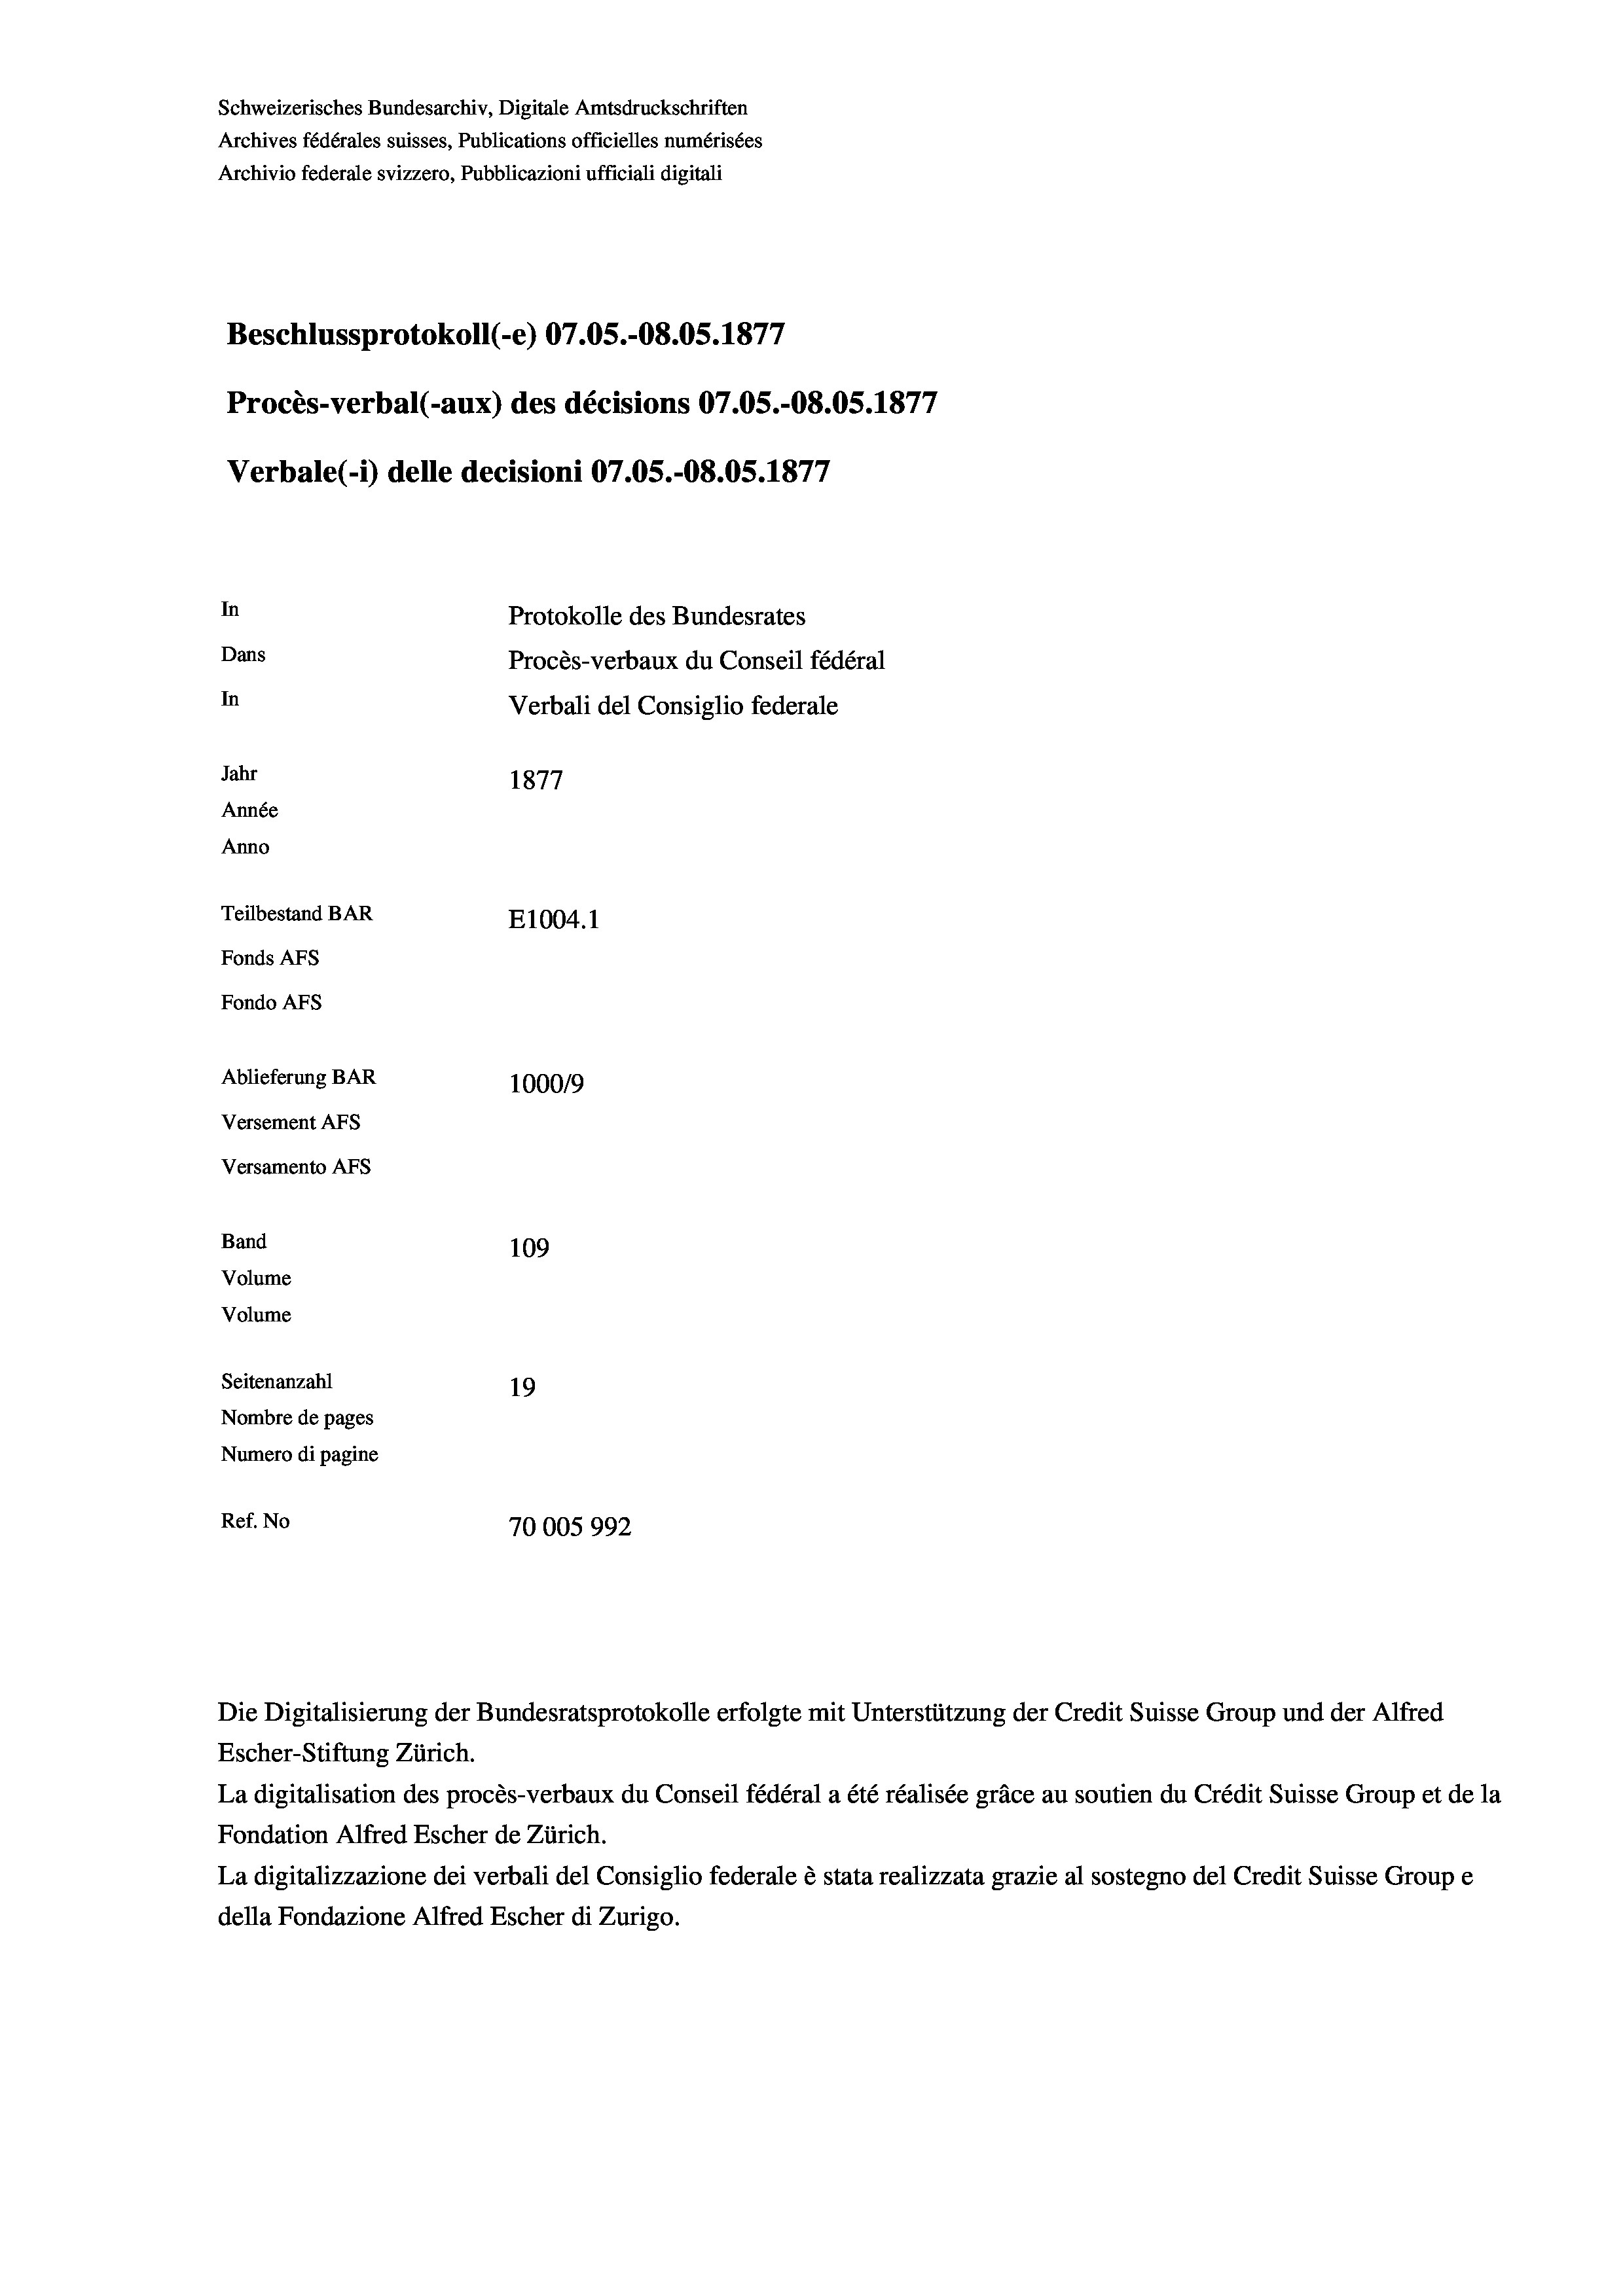
Schweizerisches Bundesarchiv, Digitale Amtsdruckschriften
Archives fédérales suisses, Publications officielles numérisées
Archivio federale svizzero, Pubblicazioni ufficiali digitali
Beschlussprotokoll (-e) 07.05.-O8.05. 1877
Procès-verbal (-aux) des décisions 07.0S.-O8.05. 1877
Verbale (- 1) delle decisioni 07.05.-O8.05. 1877
In
Protokolle des Bundesrates
Dans
Procès-verbaux du Conseil fédéral
In
Verbali del Consiglio federale
Jahr
1877
Année
Anno
Teilbestand BAR
E1004.1
Fonds Afs
Fondo Afs
Ablieferung BAR
100019
Versement AFs
Versamento AFs
Band
109
Volume

Volume

Seitenanzahl
19
Nombre de pages
Numero di pagine
Ref. No
70005992

Escher-Stiftung Zürich.
La digitalisation des procès-verbaux du Conseil fédéral a été réalisée gräce au soutien du Crédit Suisse Group et de la
Fondation Alfred Escher de Zürich.
La digitalizzazione dei verbali del Consiglio federale è stata realizzata grazie al sostegno del Credit Suisse Groupe
della Fondazione Alfred Escher di Zurigo.

Die Digitalisierung der Bundesratsprotokolle erfolgte mit Unterstützung der Credit Suisse Group und der Alfred